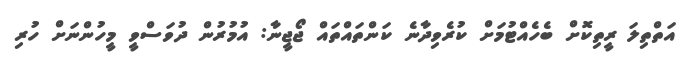
އަތްތިލަ ރީތިކޮށް ބެހެއްޓުމަށް ކުރެވިދާނެ ކަންތައްތައް ޖޯޖީނާ: އުމުރުން ދުވަސްވީ މީހުންނަށް ހުރި